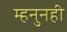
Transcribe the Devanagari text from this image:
म्हनुनही